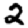
Digit: 2